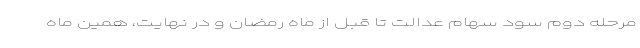
مرحله دوم سود سهام عدالت تا قبل از ماه رمضان و در نهایت، همین ماه